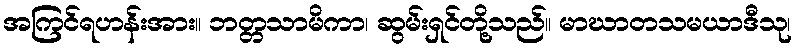
အကြင်ရဟန်းအား။ ဘတ္တသာမိကာ၊ ဆွမ်းရှင်တို့သည်။ မာဃာတသမယာဒီသု၊